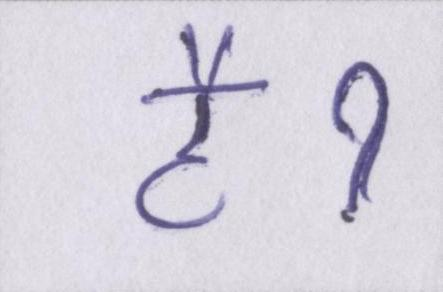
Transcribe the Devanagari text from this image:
हैॽ